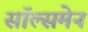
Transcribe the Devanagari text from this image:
सॉल्समेन